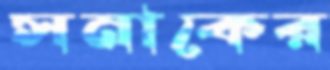
সনাকের